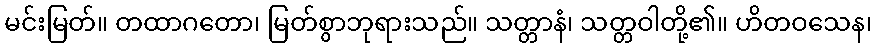
မင်းမြတ်။ တထာဂတော၊ မြတ်စွာဘုရားသည်။ သတ္တာနံ၊ သတ္တဝါတို့၏။ ဟိတဝသေန၊